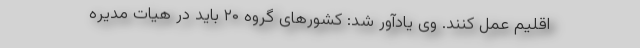
اقلیم عمل کنند. وی یادآور شد: کشورهای گروه ۲۰ باید در هیات مدیره